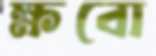
ক্ষবো